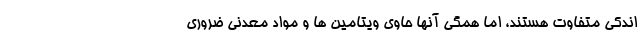
اندکی متفاوت هستند، اما همگی آنها حاوی ویتامین ها و مواد معدنی ضروری